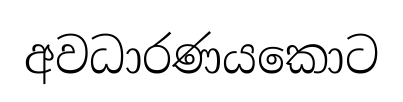
අවධාරණයකොට